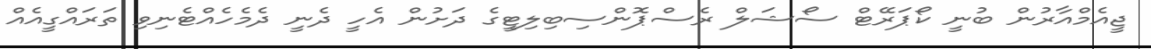
ޖީއެމްއާރުން ބުނީ ކޯޕަރޭޓް ސޯޝަލް ރެސްޕޮންސިބިލިޓީގެ ދަށުން އެހީ ދެނީ ދެމެހެއްޓެނިވި ތަރައްގީއެއް